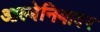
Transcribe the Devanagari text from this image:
आल्बेनियावर